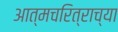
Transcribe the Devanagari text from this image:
आत्मचरित्राच्या